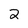
Character: 2